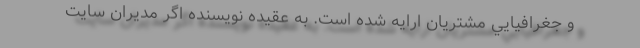
و جغرافيايي مشتريان ارايه شده است. به عقيده نويسنده اگر مديران سايت